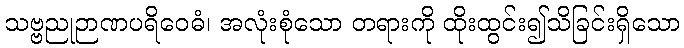
သဗ္ဗညုဉာဏပရိဝေဓံ၊ အလုံးစုံသော တရားကို ထိုးထွင်း၍သိခြင်းရှိသော